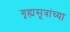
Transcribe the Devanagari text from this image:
गृह्यसूत्रांच्या